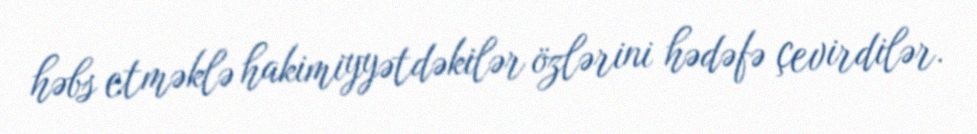
həbs etməklə hakimiyyətdəkilər özlərini hədəfə çevirdilər.